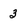
Character: 3